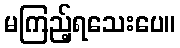
မကြည့်ရသေးပေ။